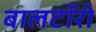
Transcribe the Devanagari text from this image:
बालटॉरो